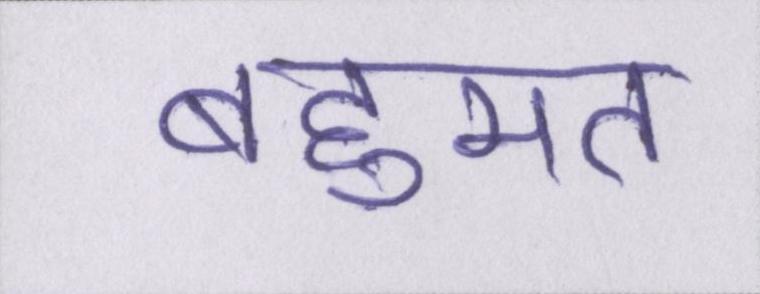
बहूमत